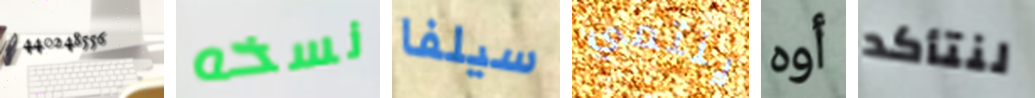
440248556 نسخه سيلفا ينتمي أوه لنتأكد